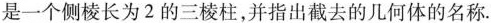
是一个侧棱长为2的三棱柱，并指出截去的几何体的名称。